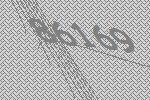
86169